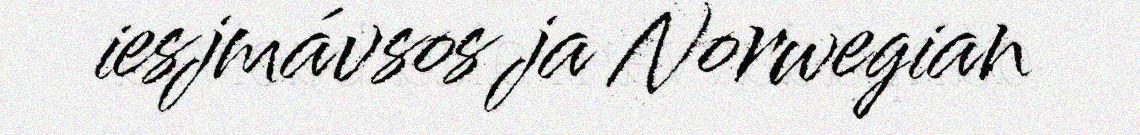
iesjmávsos ja Norwegian